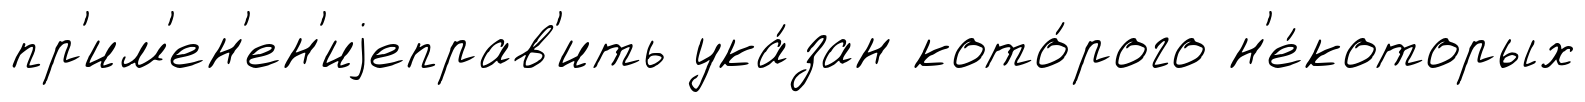
пр'им'ен'ен'иjеправ'ить ука́зан кото́рого н'е́которых